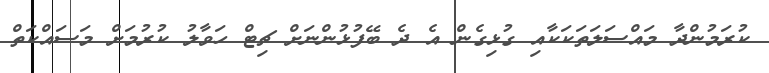
ކުރަމުންދާ މައްސަލަތަކަކާއި ގުޅިގެން އެ ދެ ބޭފުޅުންނަށް ޗިޓް ހަވާލު ކުރުމަށް މަސައްކަތް